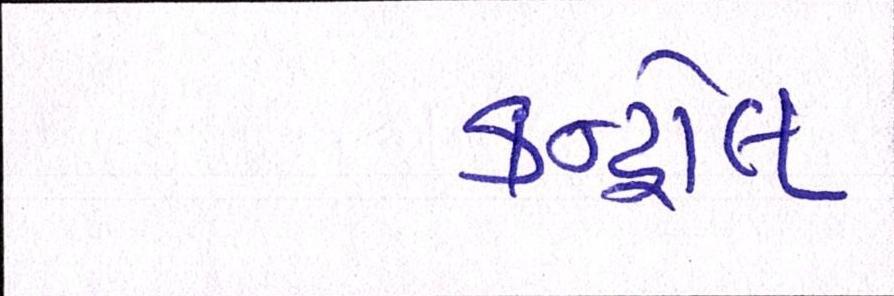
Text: કન્ટ્રોલ